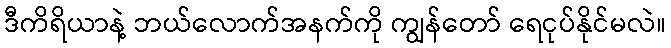
ဒီကိရိယာနဲ့ ဘယ်လောက်အနက်ကို ကျွန်တော် ရေငုပ်နိုင်မလဲ။